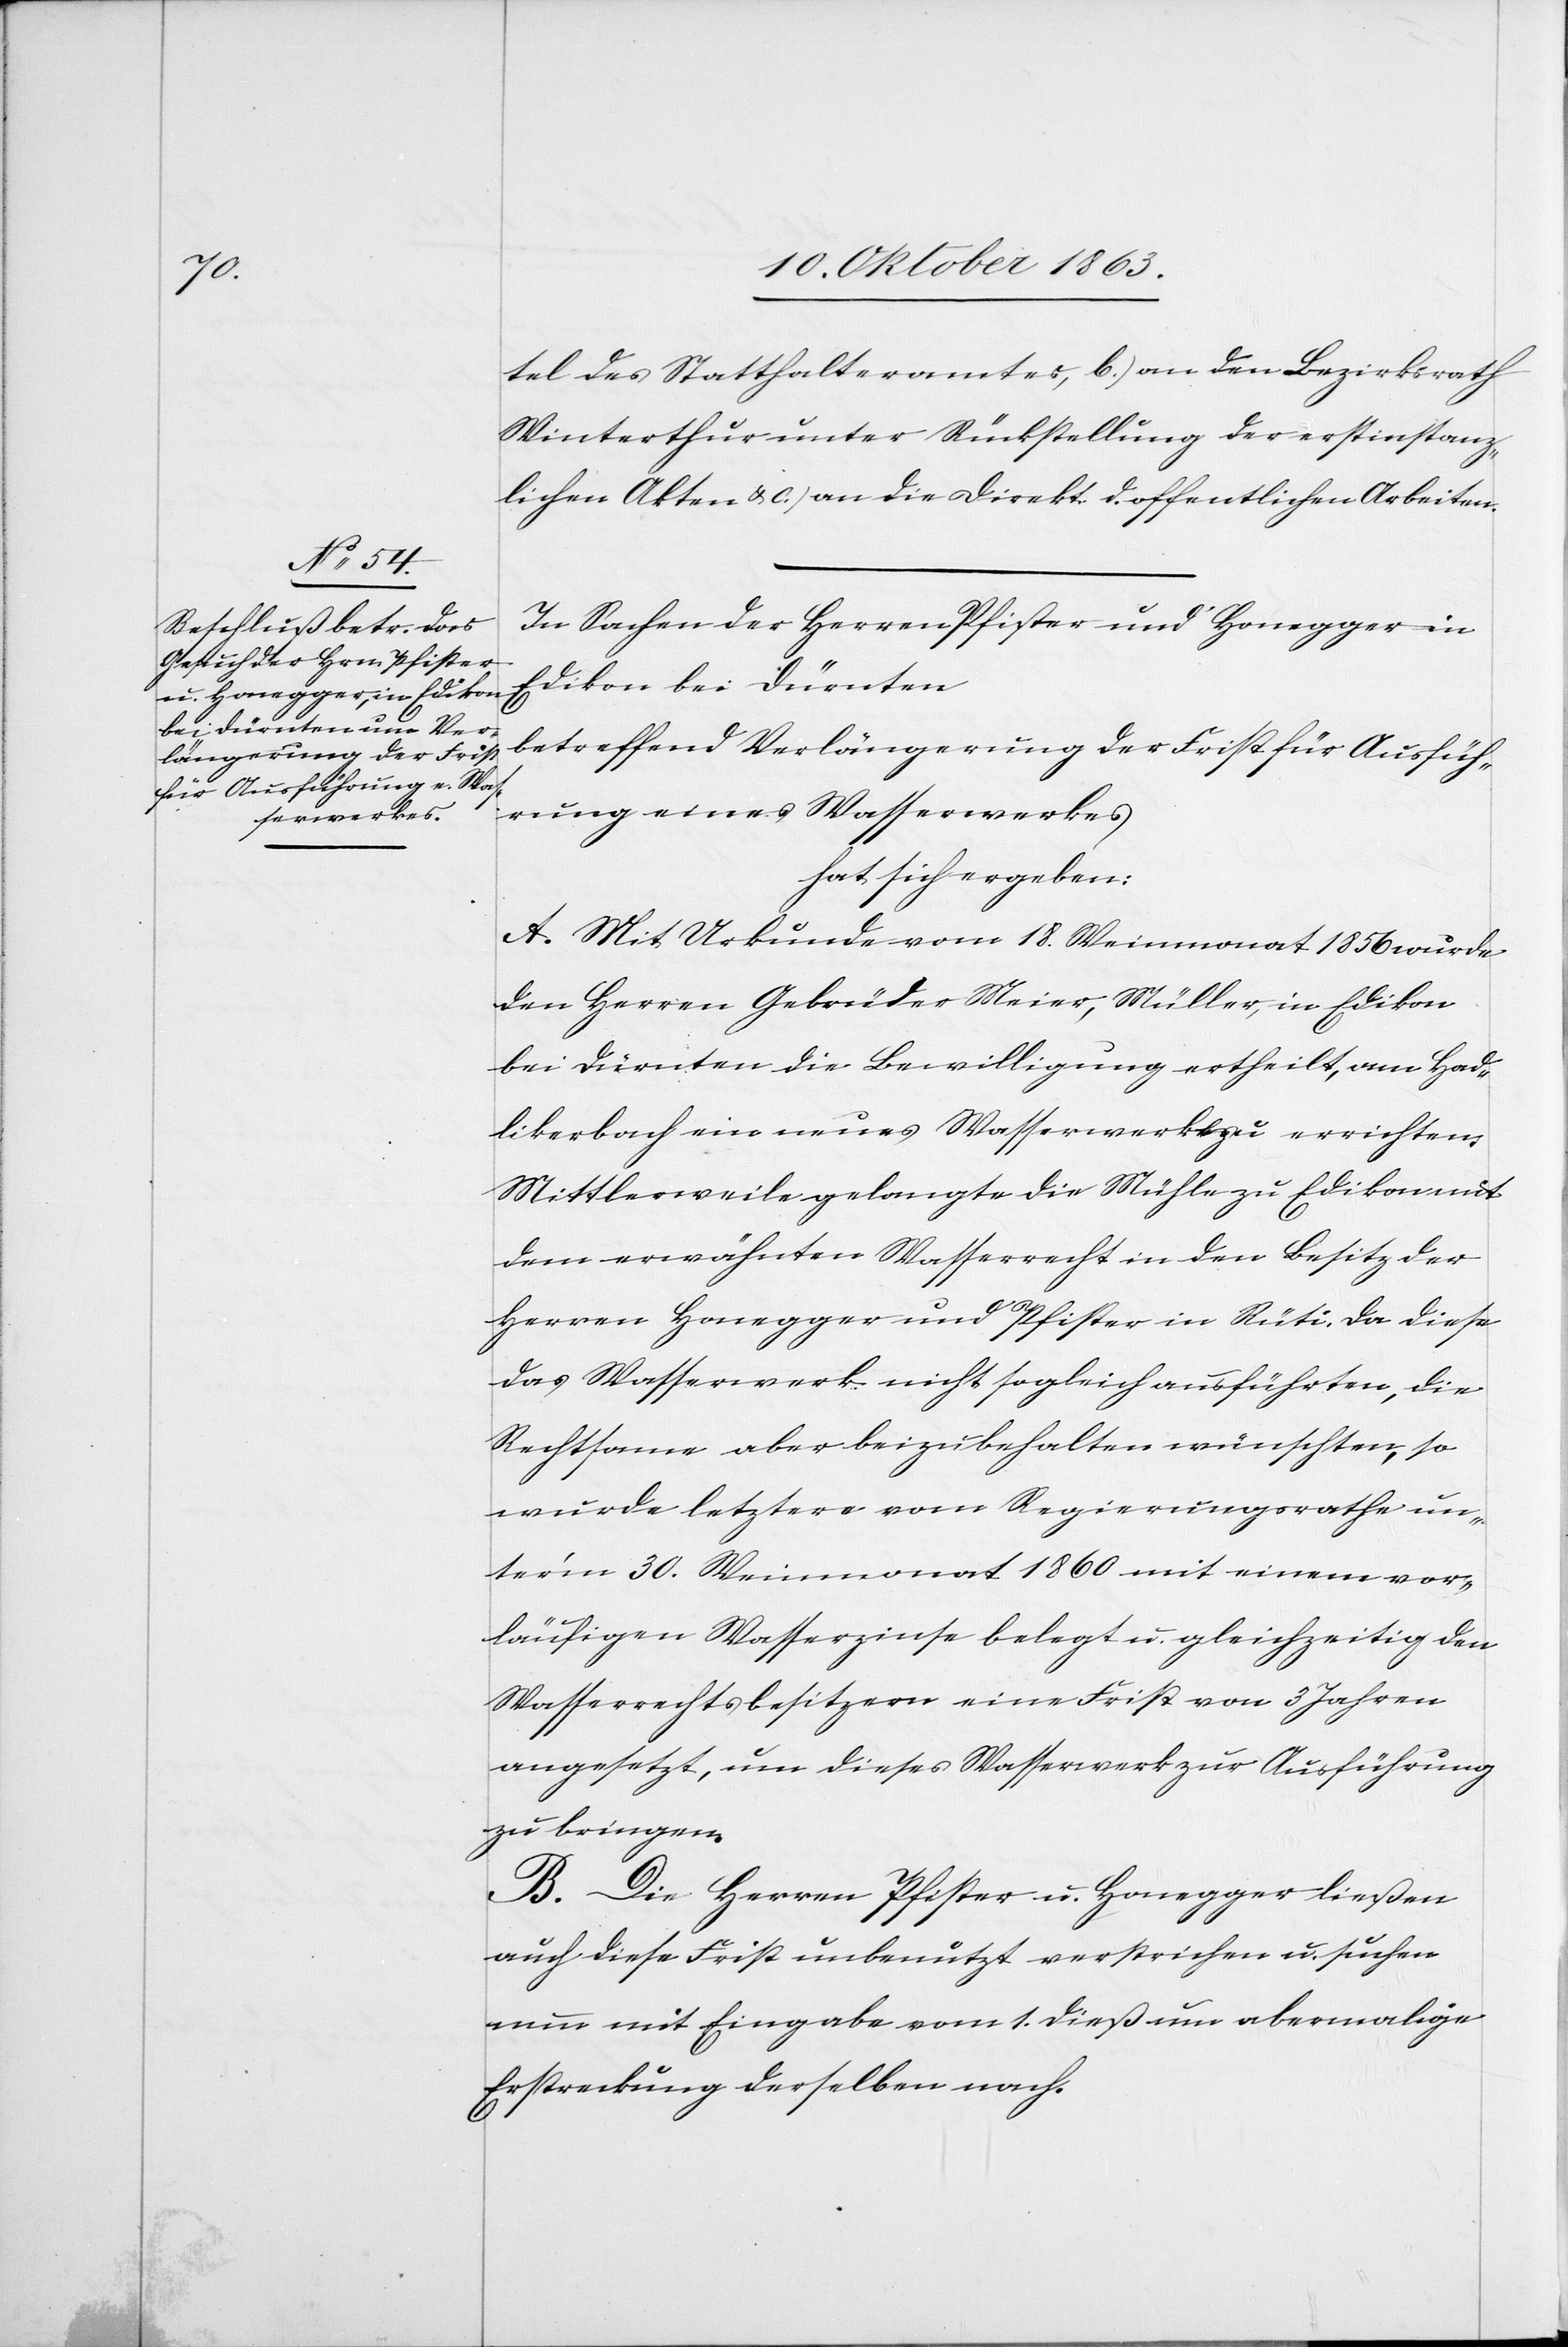
tel des Statthalteramtes, b.) an den Bezirksrath
Winterthur unter Rückstellung der erstinstanz¬
lichen Akten & c.) an die Direkt. d. offentlichen [sic!]
In Sachen der Herren Pfister und Honegger in
Edikon bei Dürnten
betreffend Verlängerung der Frist für Ausfüh¬
rung eines Wasserwerkes
hat sich ergeben:
A. Mit Urkunde vom 18. Weinmonat 1856 wurde
den Herren Gebrüder Meier, Müller, in Edikon
bei Dürnten die Bewilligung ertheilt, am Had¬
likerbach ein neues Wasserwerk zu errichten.
Mittlerweile gelangte die Mühle zu Edikon mit
dem erwähnten Wasserrecht in den Besitz der
Herren Honegger und Pfister in Rüti. Da diese
das Wasserwerk nicht sogleich ausführten, die
Rechtsame aber beizubehalten wünschten, so
wurde letztere vom Regierungsrath un¬
ter'm 30. Weinmonat 1860 mit einem vor¬
läufigen Wasserzinse belegt u. gleichzeitig den
Wasserrechtsbesitzern eine Frist von 3 Jahren
angesetzt, um dieses Wasserwerk zur Ausführung
zu bringen.
B. Die Herren Pfister u. Honegger ließen
auch diese Frist unbenutzt verstrichen u. suchen
nun mit Eingabe vom 1. dieß um abermalige
Erstreckung derselben nach.